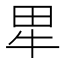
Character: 㽚